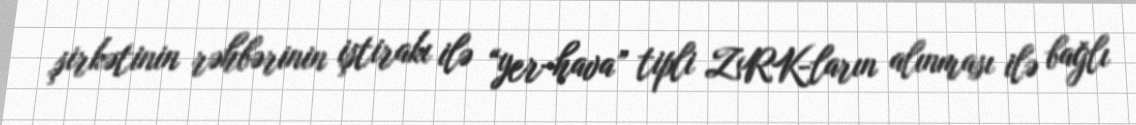
şirkətinin rəhbərinin iştirakı ilə “yer-hava” tipli ZRK-ların alınması ilə bağlı